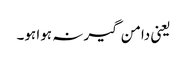
یعنی دامن گیر نہ ہوا ہو۔